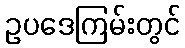
ဥပဒေကြမ်းတွင်